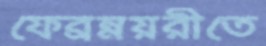
ফেব্রম্নয়রীতে